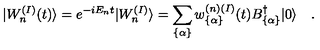
\vert W _ { n } ^ { ( I ) } ( t ) \rangle = e ^ { - i E _ { n } t } | W _ { n } ^ { ( I ) } \rangle = \sum _ { \{ \alpha \} } w _ { \{ \alpha \} } ^ { ( n ) ( I ) } ( t ) B _ { \{ \alpha \} } ^ { \dagger } \vert 0 \rangle \quad .